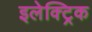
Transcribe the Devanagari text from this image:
इलेक्ट्रिक